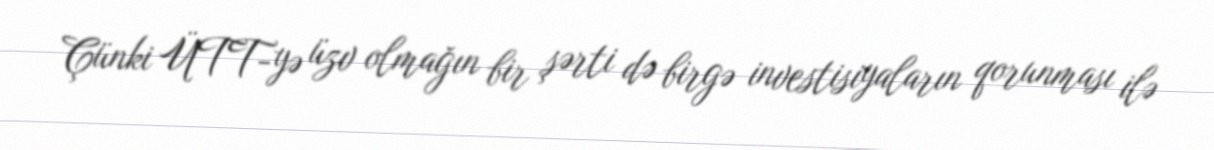
Çünki ÜTT-yə üzv olmağın bir şərti də birgə investisiyaların qorunması ilə